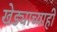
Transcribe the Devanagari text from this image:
खेड्याच्याही